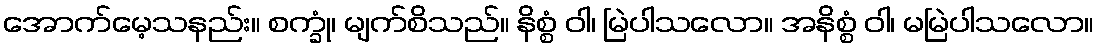
အောက်မေ့သနည်း။ စက္ခုံ၊ မျက်စိသည်။ နိစ္စံ ဝါ၊ မြဲပါသလော။ အနိစ္စံ ဝါ၊ မမြဲပါသလော။